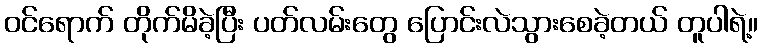
ဝင်ရောက် တိုက်မိခဲ့ပြီး ပတ်လမ်းတွေ ပြောင်းလဲသွားစေခဲ့တယ် တူပါရဲ့။